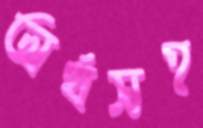
অর্থসহ